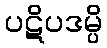
ပဋိပဒမ္ပိ